Civil Veterinary Dept. Assam report 1927-50 - 1927-1950
Year: 1927
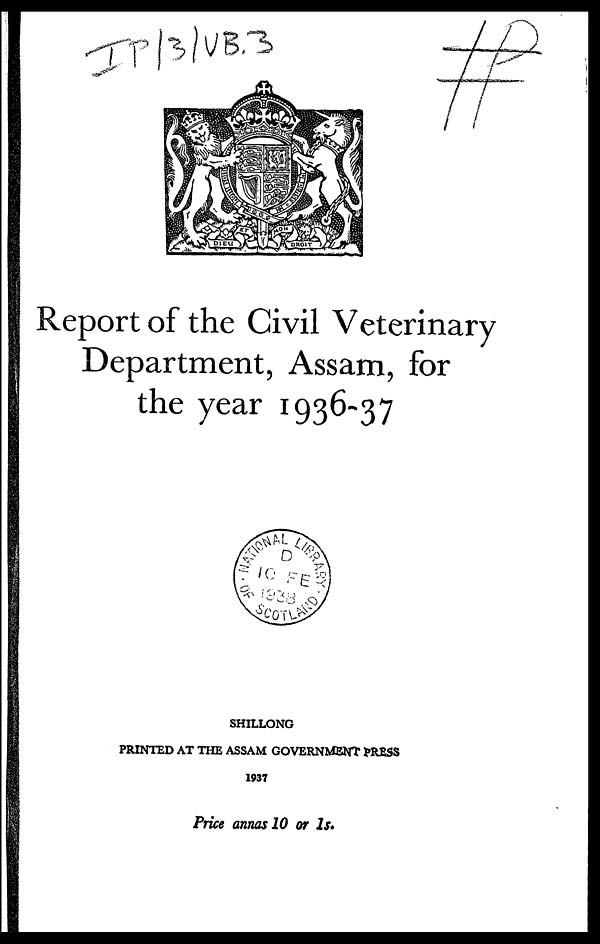
Report of the Civil Veterinary
Department, Assam, for
the year 1936-37
SHILLONG
PRINTED AT THE ASSAM GOVERNMENT PRESS
1937
Price annas 10 or 1s.